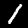
Label: 1